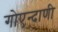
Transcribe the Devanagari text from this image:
गोएन्दाणी